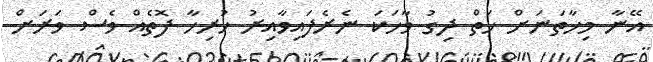
އޭނާ މިހާތަނަށް ހަތް ދިގު ވާހަކަ ނެރެފައިވާއިރު ހުރިހާ ފޮތެއް ވެސް ވަރަށް